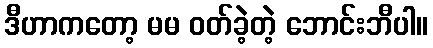
ဒီဟာကတော့ မမ ဝတ်ခဲ့တဲ့ ဘောင်းဘီပါ။